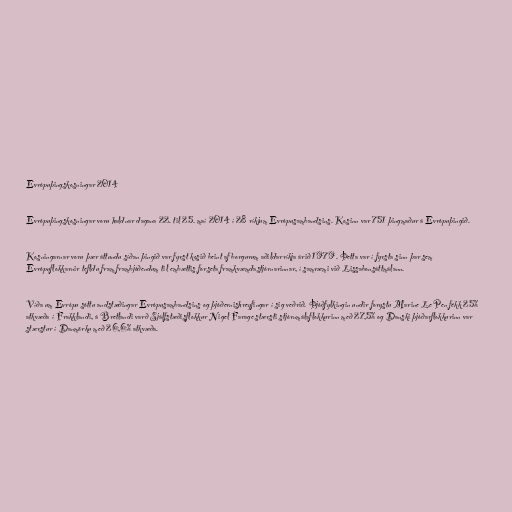
Evrópuþingskosningar 2014

Evrópuþingskosningar voru haldnar dagana 22. til 25. maí 2014 í 28 ríkjum Evrópusambandsins. Kosinn var 751 þingmaður á Evrópuþingið.

Kosningarnar voru þær áttundu síðan þingið var fyrst kosið beint af borgurum aðildarríkja árið 1979. Þetta var í fyrsta sinn þar sem
Evrópuflokkarnir tefldu fram frambjóðendum til embættis forseta framkvæmdastjórnarinnar, í samræmi við Lissabonsáttmálann.

Víða um Evrópu sóttu and­stæðing­ar Evr­ópu­sam­bands­ins og þjóðern­is­hreyf­ing­ar í sig veðrið. Þjóðfylkingin undir forystu Marine Le Pen fékk 25%
atkvæða í Frakklandi, á Bretlandi varð Sjálfstæðisflokkur Nigel Farage stærsti stjórnmálaflokkurinn með 27,5% og Danski þjóðarflokkurinn var
stærstur í Danmörku með 26,6% atkvæða.